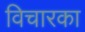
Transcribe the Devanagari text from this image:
विचारका